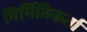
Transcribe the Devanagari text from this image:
निर्मितिकर्ता